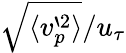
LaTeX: \sqrt{\langle v_{p}^{`2}\rangle}/u_{\tau}